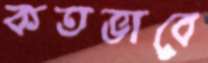
কতভাবে